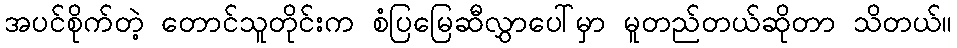
အပင်စိုက်တဲ့ တောင်သူတိုင်းက စံပြမြေဆီလွှာပေါ်မှာ မူတည်တယ်ဆိုတာ သိတယ်။